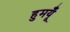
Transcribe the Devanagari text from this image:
हुमयूँ